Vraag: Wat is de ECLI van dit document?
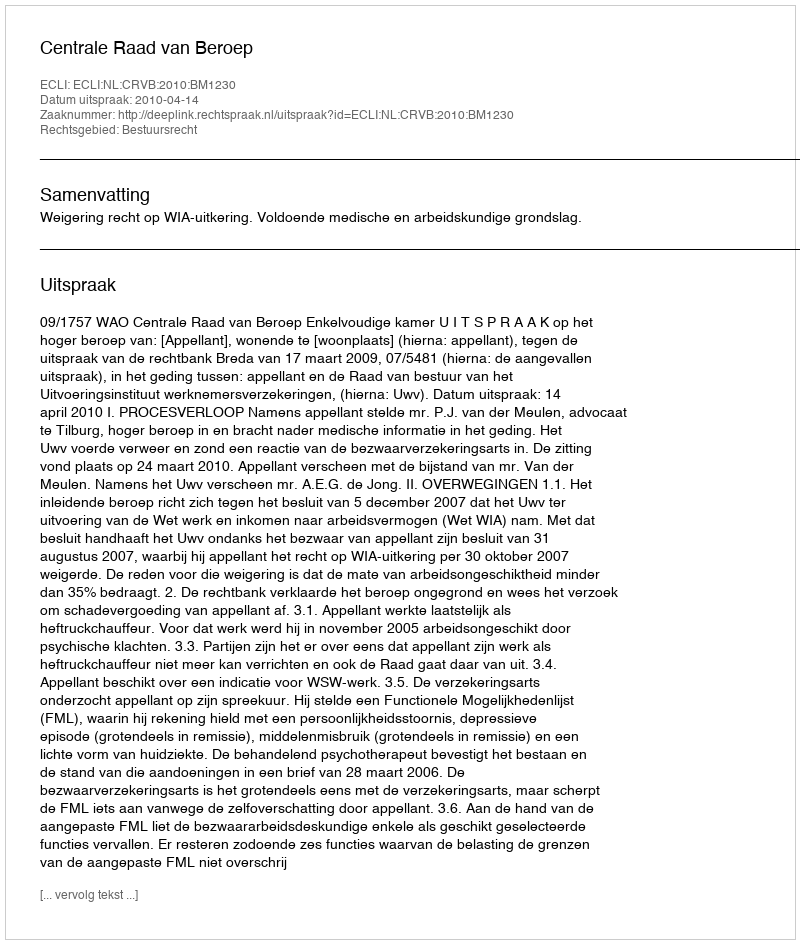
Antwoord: ECLI:NL:CRVB:2010:BM1230